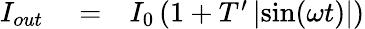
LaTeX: \begin{array}{rlr}{I_{out}}&{{}=}&{I_{0}\left(1+T^{\prime}\left|\sin(\omega t)\right|\right)}\end{array}